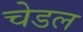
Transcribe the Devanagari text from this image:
चेडल